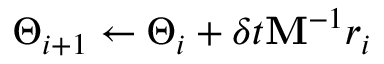
\Theta _ { i + 1 } \gets \Theta _ { i } + \delta t \mathbf { M } ^ { - 1 } r _ { i }